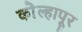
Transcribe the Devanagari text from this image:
काेेल्हापूर